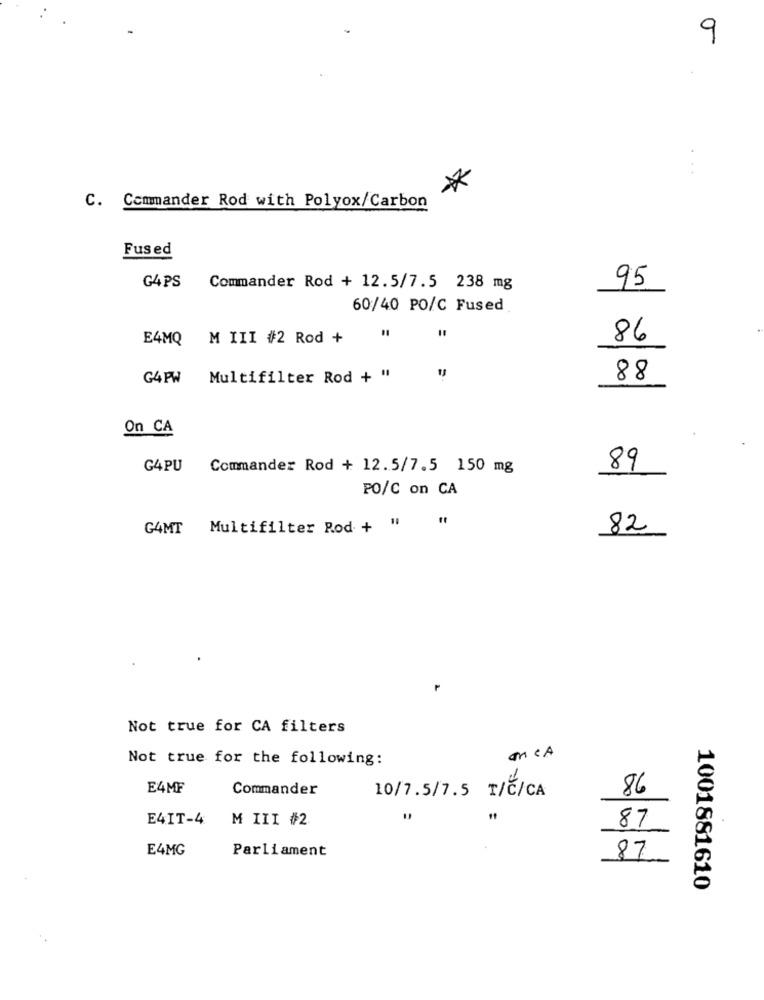
9
*
C. Commander Rod with Polyox/Carbon
Fused
95
G4 PS
Commander Rod + 12.5/7.5 238 mg
60/40 PO/C Fused
E4MQ
M III #2 Rod +
86
G4 PW
Multifilter Rod + "
88
On CA
G4PU
Commander Rod + 12.5/7.5 150 mg
89
PO/C on CA
G4MT
Multifilter Rod + " "
82
Not true for CA filters
MCA
Not true for the following:
E4MF
Commander
10/7.5/7.5 T/C/CA
86
E4IT-4
M III #2
=
87
E4MG
Parliament
87.
1001881610